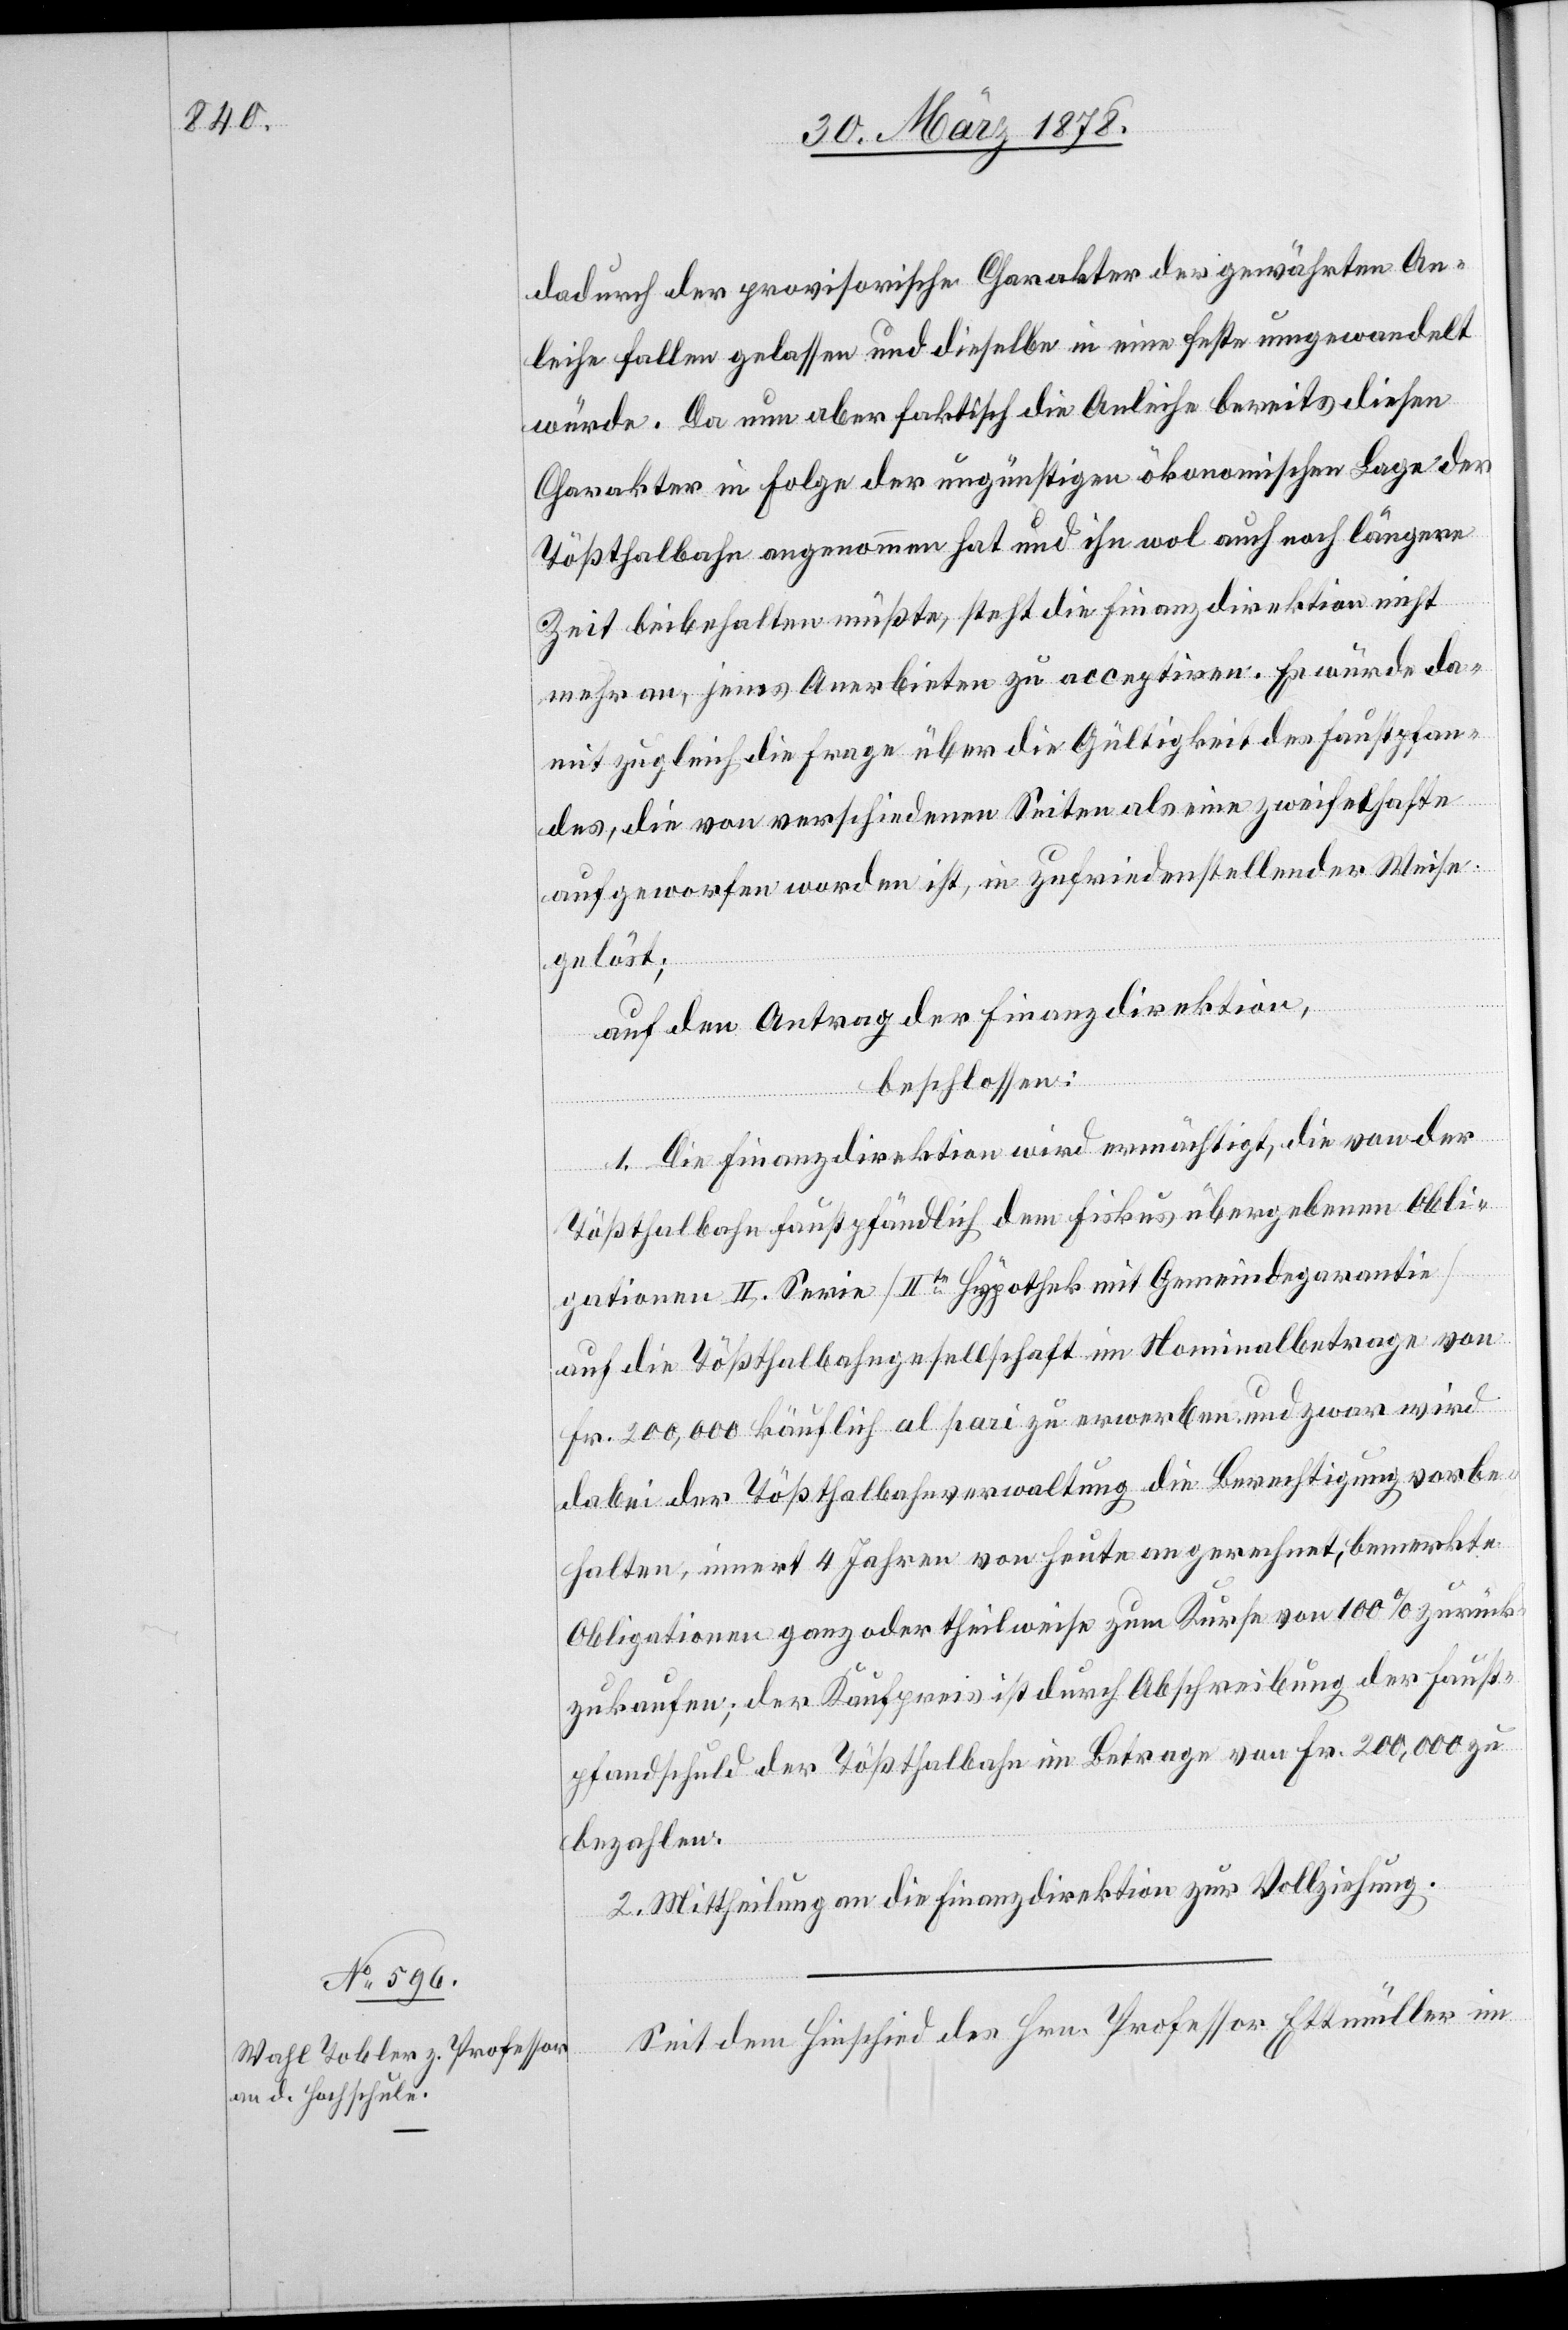
dadurch der provisorische Charakter der gewährten An¬
leihe fallen gelassen und dieselbe in eine feste umgewandelt
würde. Da nun aber faktisch die Anleihe bereits diesen
Charakter in Folge der ungünstigen ökonomischen Lage der
Tößthalbahn angenommen hat und ihn wol auch noch längere
Zeit beibehalten müßte, steht die Finanzdirektion nicht
mehr an, jenes Anerbieten zu acceptiren. Es würde da¬
mit zugleich die Frage über die Gültigkeit des Faustpfan¬
des, die von verschiedenen Seiten als eine zweifelhafte
aufgeworfen worden ist, in zufriedenstellender Weise
gelöst;
auf den Antrag der Finanzdirektion,
beschlossen:
1. Die Finanzdirektion wird ermächtigt, die von der
Tößthalbahn faustpfändlich dem Fiskus übergebenen Obli¬
gationen II. Serie (IIte Hypothek mit Gemeindegarantie)
auf die Tößthalbahngesellschaft im Nominalbetrage von
Fr. 200,000 käuflich al pari zu erwerben und zwar wird
dabei der Tößthalbahnverwaltung die Berechtigung vorbe¬
halten, innert 4 Jahren von heute an gerechnet, bemerkte
Obligationen ganz oder theilweise zum Kurse von 100% zurück¬
zukaufen; der Kaufpreis ist durch Abschreibung der Faust¬
pfandschuld der Tößthalbahn im Betrage von Fr. 200,000 zu
bezahlen.
2. Mittheilung an die Finanzdirektion zur Vollziehung.
Seit dem Hinschied des Hrn. Professor Ettenmüller im